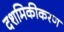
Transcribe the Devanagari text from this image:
दशमिकीकरण